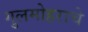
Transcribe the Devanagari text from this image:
गुलमोहराचे